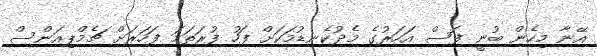
އޭނާ މިހެން ބުނީ ފަސް އަހަރުގެ މެދުކެނޑުމަކަށް ފަހު ފުރަތަމަ ފަހަރަށް ޗެމްޕިއަންސް